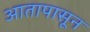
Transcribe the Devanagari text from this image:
आतापासून